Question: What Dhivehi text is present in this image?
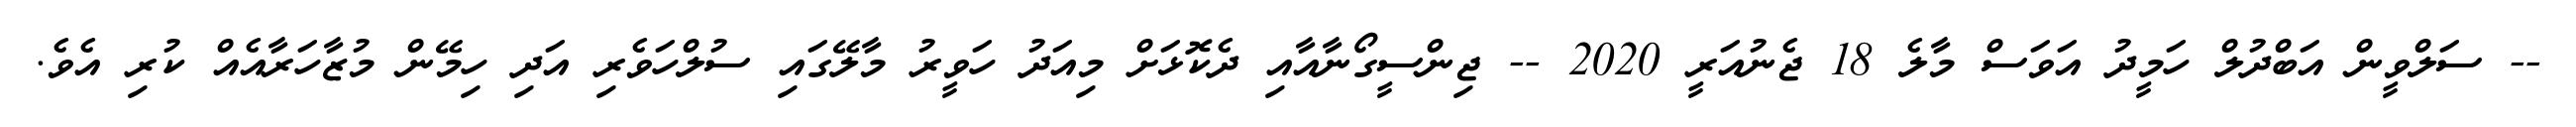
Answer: -- ސަލްވީން އަބްދުލް ހަމީދު އަވަސް މާލެ 18 ޖެނުއަރީ 2020 -- ޖިންސީގޯނާއާއި ދެކޮޅަށް މިއަދު ހަވީރު މާލޭގައި ސުލްހަވެރި އަދި ހިމޭން މުޒާހަރާއެއް ކުރި އެވެ.